Vaccination in the Punjab 1867-1880 - 1867-1880
Year: 1867
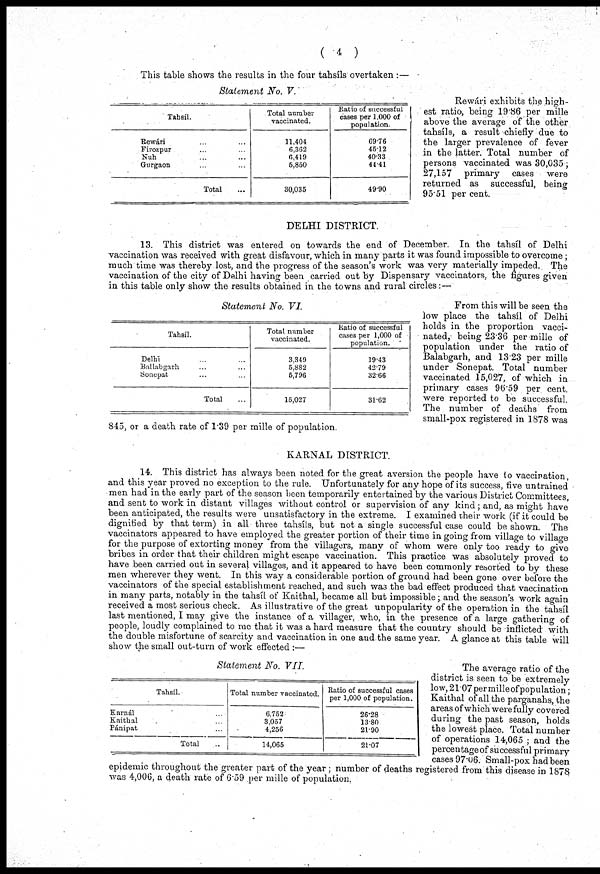
( 4 )
This table shows the results in the four tahsíls overtaken :—
Statement No. V.
Tahsíl.
Rewári ... ...
Firozpur ... ...
Nuh ... ...
Gurgaon ... ...
Total ...
Total number
vaccinated.
11,404
6,362
6,419
5,850
30,035
Ratio of successful
cases per 1,000 of
population
69.76
45.12
40.33
44.41
49.90
Rewári exhibits the high-
est ratio, being 19.86 per mille
above the average of the other
tahsíls, a result chiefly due to
the larger prevalence of fever
in the latter. Total number of
persons vaccinated was 30,035 ;
27,157 primary cases were
returned as successful, being
95.51 per cent.
DELHI DISTRICT.
13. This district was entered on towards the end of December. In the tahsíl of Delhi
vaccination was received with great disfavour, which in many parts it was found impossible to overcome ;
much time was thereby lost, and the progress of the season's work was very materially impeded. The
vaccination of the city of Delhi having been carried out by Dispensary vaccinators, the figures given
in this table only show the results obtained in the towns and rural circles:—
Statement No. VI.
Tahsíl.
Delhi ... ...
Ballabgarh ... ...
Sonepat ... ...
Total ...
Total number
vaccinated.
3,349
5,882
5,796
15,027
Ratio of successful
cases per 1,000 of
population.
19.43
42.70
32.66
31.62
From this will be seen the
low place the tahsíl of Delhi
holds in the proportion vacci-
nated, being 23.36 per mille of
population under the ratio of
Balabgarh, and 13.23 per mille
under Sonepat. Total number
vaccinated 15,027, of which in
primary cases 96.59 per cent.
were reported to be successful.
The number of deaths from
small-pox registered in 1878 was
845, or a death rate of 1.39 per mille of population.
KARNAL DISTRICT.
14. This district has always been noted for the great aversion the people have to vaccination,
and this year proved no exception to the rule. Unfortunately for any hope of its success, five untrained
men had in the early part of the season been temporarily entertained by the various District Committees,
and sent to work in distant villages without control or supervision of any kind; and, as might have
been anticipated, the results were unsatisfactory in the extreme. I examined their work (if it could be
dignified by that term) in all three tahsíls, but not a single successful case could be shown. The
vaccinators appeared to have employed the greater portion of their time in going from village to village
for the purpose of extorting money from the villagers, many of whom were only too ready to give
bribes in order that their children might escape vaccination. This practice was absolutely proved to
have been carried out in several villages, and it appeared to have been commonly resorted to by these
men wherever they went. In this way a considerable portion of ground had been gone over before the
vaccinators of the special establishment reached, and such was the bad effect produced that vaccination
in many parts, notably in the tahsíl of Kaithal, became all but impossible; and the season's work again
received a most serious check. As illustrative of the great unpopularity of the operation in the tahsíl
last mentioned, I may give the instance of a villager, who, in the presence of a large gathering of
people, loudly complained to me that it was a hard measure that the country should be inflicted with
the double misfortune of scarcity and vaccination in one and the same year. A glance at this table will
show the small out-turn of work effected :—
Statement No. VII.
Tahsíl.
Karnál ...
Kaithal ...
Pánipat ...
Total ...
Total number vaccinated.
6.762
3,057
4,256
14,065
Ratio of successful cases
per 1,000 of population.
26.28
13.80
21.90
21.07
The average ratio of the
district is seen to be extremely
low, 21.07permilleofpopulation;
Kaithal of all the parganahs, the
areas of which were fully covered
during the past season, holds
the lowest place. Total number
of operations 14,065 ; and the
percentage of successful primary
cases 97.06. Small-pox had been
epidemic throughout the greater part of the year ; number of deaths registered from this disease in 1878
was 4,006, a death rate of 6.59 per mille of population.